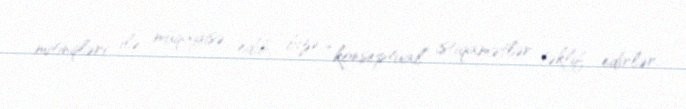
mitinqləri ilə müqayisə edib, bizə “konseptual” istiqamətlər təklif edirlər.